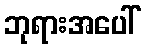
ဘုရားအပေါ်